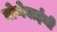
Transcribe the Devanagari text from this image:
बोणेबाईंची